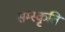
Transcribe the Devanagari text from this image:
सम्स्कृति